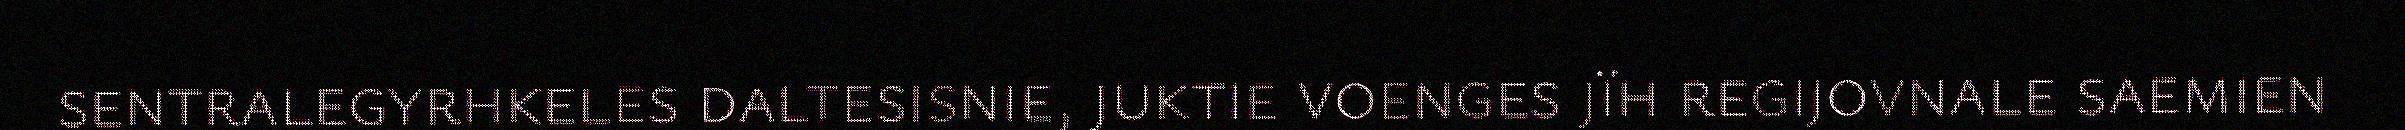
sentralegyrhkeles daltesisnie, juktie voenges jïh regijovnale saemien